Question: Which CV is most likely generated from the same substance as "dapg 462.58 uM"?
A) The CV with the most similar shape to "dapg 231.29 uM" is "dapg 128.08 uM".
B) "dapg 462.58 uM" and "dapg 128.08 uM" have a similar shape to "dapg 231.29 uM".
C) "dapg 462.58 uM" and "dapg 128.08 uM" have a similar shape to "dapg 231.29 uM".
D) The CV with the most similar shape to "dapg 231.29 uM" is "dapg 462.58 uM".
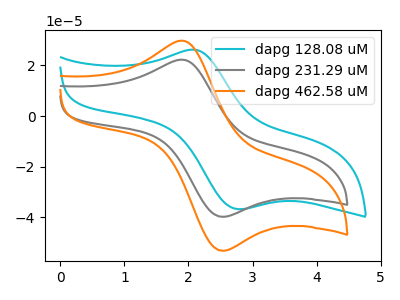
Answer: <think>The cyan curve "dapg 128.08 uM" has an anodic peak at (2.05V, 26.15uA) and a cathodic peak at (2.75V, -36.70uA). The gray curve "dapg 231.29 uM" has an anodic peak at (1.90V, 22.20uA) and a cathodic peak at (2.50V, -39.75uA). The orange curve "dapg 462.58 uM" has an anodic peak at (1.90V, 29.65uA) and a cathodic peak at (2.50V, -53.15uA).
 "dapg 128.08 uM" and "dapg 231.29 uM" have at least one peak that do not match. "dapg 128.08 uM" and "dapg 462.58 uM" have at least one peak that do not match. All the peaks in "dapg 231.29 uM" have a peak in "dapg 462.58 uM" at the same potential. Every peak in "dapg 231.29 uM" is lower than every peak in "dapg 462.58 uM".</think>
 <answer>D) The CV with the most similar shape to "dapg 231.29 uM" is "dapg 462.58 uM".</answer>
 <eval>D</eval>